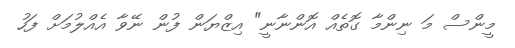
މީންސް މަ ނިންމާ ގޮތެއް އޮންނާނީ" އިޒްޔަން ފުން ނޭވާ އެއްލުމަށް ފަހު